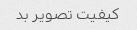
کیفیت تصویر بد